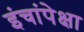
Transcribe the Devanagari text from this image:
इंचांपेक्षा